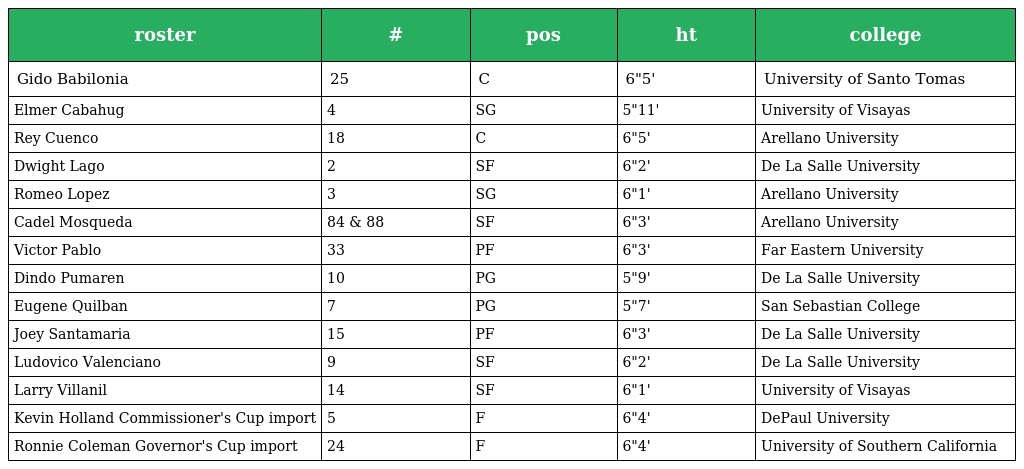
| roster | # | pos | ht | college |
 | --- | --- | --- | --- | --- |
 | Gido Babilonia | 25 | C | 6"5' | University of Santo Tomas |
 | Elmer Cabahug | 4 | SG | 5"11' | University of Visayas |
 | Rey Cuenco | 18 | C | 6"5' | Arellano University |
 | Dwight Lago | 2 | SF | 6"2' | De La Salle University |
 | Romeo Lopez | 3 | SG | 6"1' | Arellano University |
 | Cadel Mosqueda | 84 & 88 | SF | 6"3' | Arellano University |
 | Victor Pablo | 33 | PF | 6"3' | Far Eastern University |
 | Dindo Pumaren | 10 | PG | 5"9' | De La Salle University |
 | Eugene Quilban | 7 | PG | 5"7' | San Sebastian College |
 | Joey Santamaria | 15 | PF | 6"3' | De La Salle University |
 | Ludovico Valenciano | 9 | SF | 6"2' | De La Salle University |
 | Larry Villanil | 14 | SF | 6"1' | University of Visayas |
 | Kevin Holland Commissioner's Cup import | 5 | F | 6"4' | DePaul University |
 | Ronnie Coleman Governor's Cup import | 24 | F | 6"4' | University of Southern California |